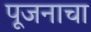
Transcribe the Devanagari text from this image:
पूजनाचा